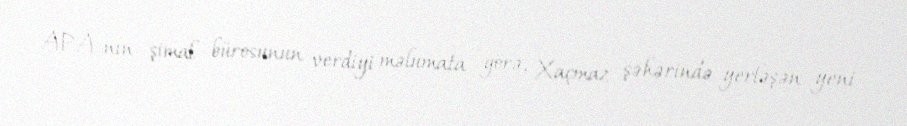
APA-nın şimal bürosunun verdiyi məlumata görə, Xaçmaz şəhərində yerləşən yeni